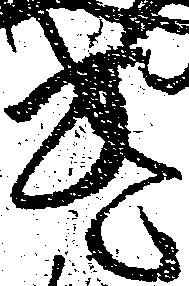
遣